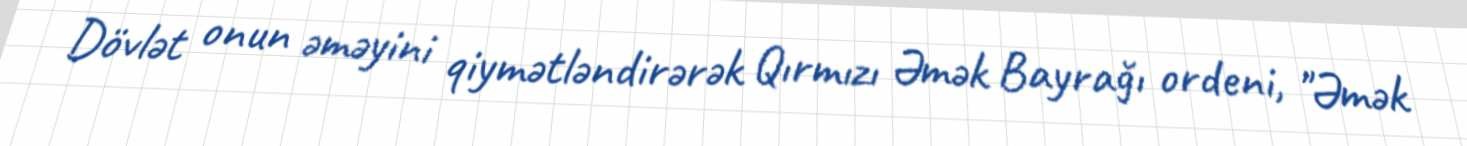
Dövlət onun əməyini qiymətləndirərək Qırmızı Əmək Bayrağı ordeni, "Əmək